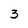
Character: 3